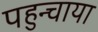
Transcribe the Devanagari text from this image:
पहुन्चाया